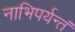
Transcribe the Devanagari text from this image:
नाभिपर्यन्तं